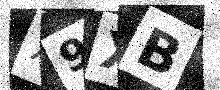
Text: X9XB